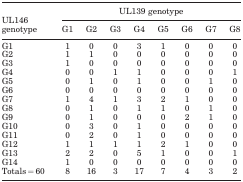
|  | <COLSPAN=8> UL139 genotype |
 | UL146 genotype | G1 | G2 | G3 | G4 | G5 | G6 | G7 | G8 |
 | --- | --- | --- | --- | --- | --- | --- | --- | --- |
 | G1 | 1 | 0 | 0 | 3 | 1 | 0 | 0 | 0 |
 | G2 | 1 | 1 | 0 | 0 | 0 | 0 | 0 | 0 |
 | G3 | 1 | 0 | 0 | 0 | 0 | 0 | 0 | 0 |
 | G4 | 0 | 0 | 1 | 1 | 0 | 0 | 0 | 0 |
 | G5 | 0 | 1 | 0 | 1 | 0 | 0 | 1 | 0 |
 | G6 | 0 | 0 | 0 | 0 | 0 | 0 | 0 | 0 |
 | G7 | 1 | 4 | 1 | 3 | 2 | 1 | 0 | 0 |
 | G8 | 0 | 1 | 0 | 1 | 1 | 0 | 1 | 0 |
 | G9 | 0 | 1 | 0 | 0 | 0 | 2 | 1 | 0 |
 | G10 | 0 | 3 | 0 | 1 | 0 | 0 | 0 | 0 |
 | G11 | 0 | 2 | 0 | 1 | 0 | 0 | 0 | 0 |
 | G12 | 1 | 1 | 1 | 1 | 2 | 1 | 0 | 0 |
 | G13 | 2 | 2 | 0 | 5 | 1 | 0 | 0 | 1 |
 | G14 | 1 | 0 | 0 | 0 | 0 | 0 | 0 | 0 |
 | Totals=60 | 8 | 16 | 3 | 17 | 7 | 4 | 3 | 2 |